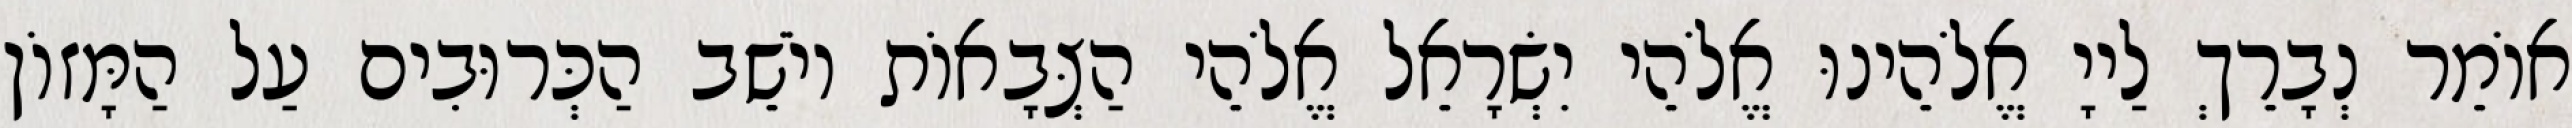
אוֹמֵר נְבָרֵךְ לַייָ אֱלֹהֵינוּ אֱלֹהֵי יִשְׂרָאֵל אֱלֹהֵי הַצְּבָאוֹת יוֹשֵׁב הַכְּרוּבִים עַל הַמָּזוֹן